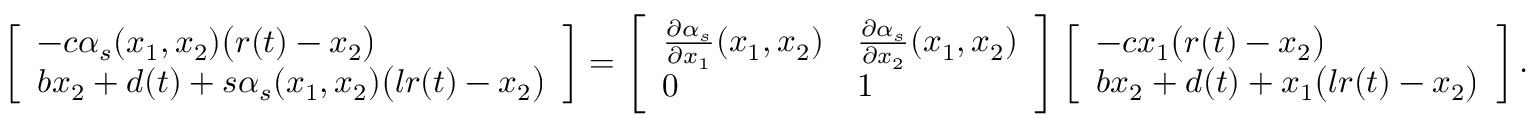
\begin{array} { r } { \left[ \begin{array} { l } { - c \alpha _ { s } ( x _ { 1 } , x _ { 2 } ) \big ( r ( t ) - x _ { 2 } \big ) } \\ { b x _ { 2 } + d ( t ) + s \alpha _ { s } ( x _ { 1 } , x _ { 2 } ) \big ( l r ( t ) - x _ { 2 } \big ) } \end{array} \right] = \left[ \begin{array} { l l } { \frac { \partial \alpha _ { s } } { \partial x _ { 1 } } ( x _ { 1 } , x _ { 2 } ) } & { \frac { \partial \alpha _ { s } } { \partial x _ { 2 } } ( x _ { 1 } , x _ { 2 } ) } \\ { 0 } & { 1 } \end{array} \right] \left[ \begin{array} { l } { - c x _ { 1 } \big ( r ( t ) - x _ { 2 } \big ) } \\ { b x _ { 2 } + d ( t ) + x _ { 1 } \big ( l r ( t ) - x _ { 2 } \big ) } \end{array} \right] . } \end{array}